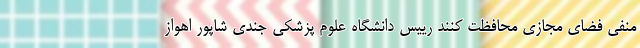
منفی فضای مجازی محافظت کنند رییس دانشگاه علوم پزشکی جندی شاپور اهواز